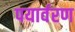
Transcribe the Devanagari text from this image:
पयार्वरण